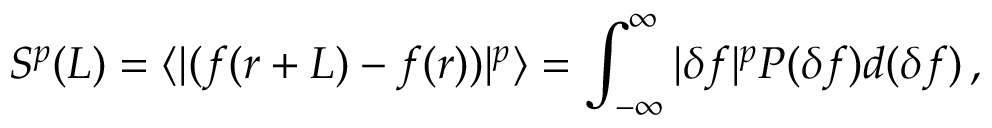
S ^ { p } ( L ) = \langle | ( f ( r + L ) - f ( r ) ) | ^ { p } \rangle = \int _ { - \infty } ^ { \infty } | \delta f | ^ { p } P ( \delta f ) d ( \delta f ) \, ,